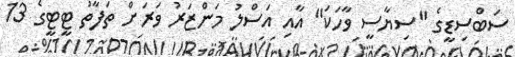
ސަބްސިޑީގެ "ސިޔާސީ ވާހަކަ" އާއި އަސްލު މަންޒަރު ވަރަށް ތަފާތު ޓީޓީގެ 13